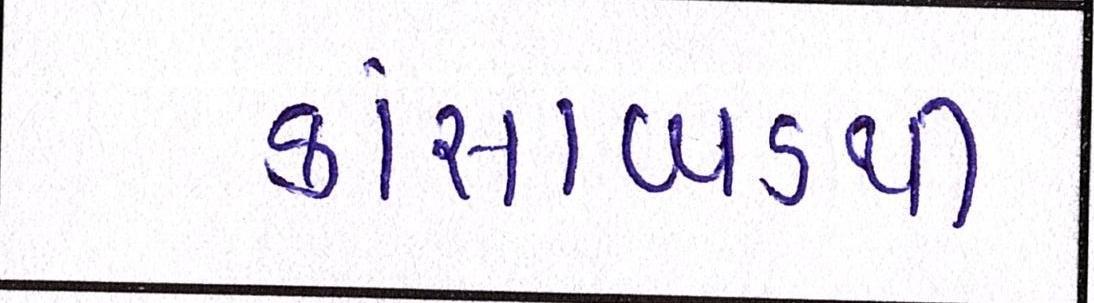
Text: કાંસાબડથી